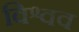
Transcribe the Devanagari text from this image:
विश्वव